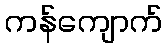
ကန်ကျောက်